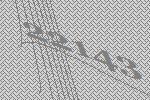
22143